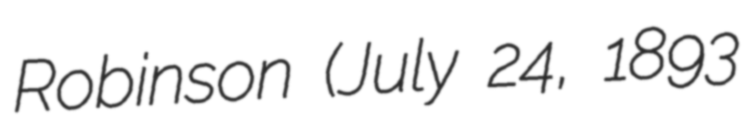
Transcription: Robinson (July 24, 1893